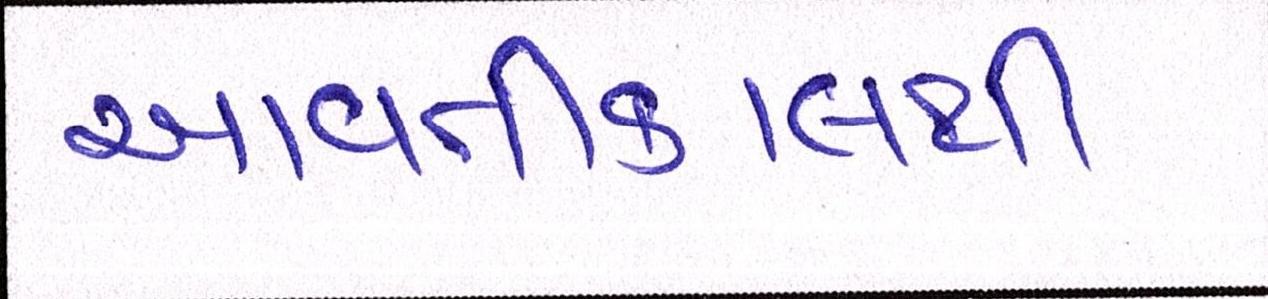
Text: આવતીકાલથી